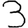
Digit: 3